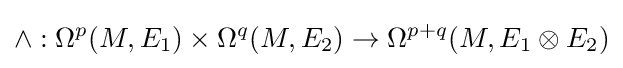
\wedge :\Omega ^{p}(M,E_{1})\times \Omega ^{q}(M,E_{2})\to \Omega ^{p+q}(M,E_{1}\otimes E_{2})